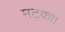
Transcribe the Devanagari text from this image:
मटका।